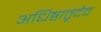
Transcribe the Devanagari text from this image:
अधिष्ठातृदेव